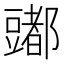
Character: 𰶠